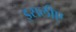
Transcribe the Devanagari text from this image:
इसलीए